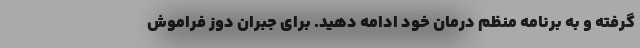
گرفته و به برنامه منظم درمان خود ادامه دهید. برای جبران دوز فراموش